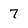
Character: 7